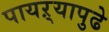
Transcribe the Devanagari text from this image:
पायऱ्यापुढे